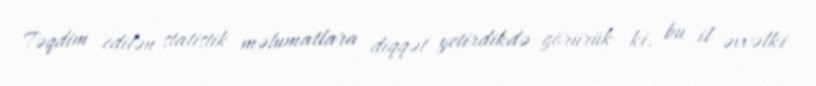
Təqdim edilən statistik məlumatlara diqqət yetirdikdə görürük ki, bu il əvvəlki